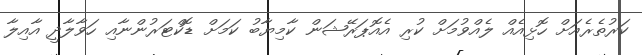
ކަރުތެރެއަށް ހޮޅިއެއް ލެއްވުމަށް ކުރި އެއޮޕަރޭޝަން ކާމިޔާބު ކަމަށް ޑޮކްޓަރުންނާއި ހަވާލާދީ އާއިލާ